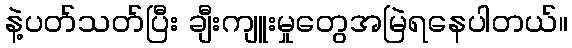
နဲ့ပတ်သတ်ပြီး ချီးကျူးမှုတွေအမြဲရနေပါတယ်။